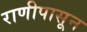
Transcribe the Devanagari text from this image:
राणीपासून